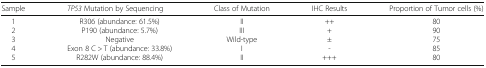
| Sample | TP53 Mutation by Sequencing | Class of Mutation | IHC Results | Proportion of Tumor cells (%) |
 | --- | --- | --- | --- | --- |
 | 12345 | R306 (abundance: 61.5%)P190 (abundance: 5.7%)NegativeExon 8 C > T (abundance: 33.8%)R282W (abundance: 88.4%) | IIIIIWild-typeIII | +++±-+++ | 8090758580 |